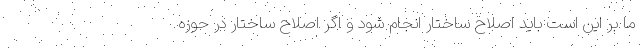
ما بر این است باید اصلاح ساختار انجام شود و اگر اصلاح ساختار در حوزه